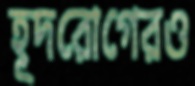
হূদরোগেরও